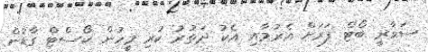
ސަވާރީ ބޯޓް ފަރަށް އެރުމާއި އެކު ދަތުރު ކުރި މީހުން ކޯސްޓް ގާޑުން